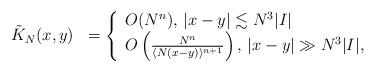
LaTeX: \begin{align*}\begin{array}{ll}\tilde{K}_{N}(x,y) & = \left\{\begin{array}{l}O(N^{n}), \, |x-y| \lesssim N^{3} |I| \\O \left( \frac{N^{n}}{\langle N(x-y)\rangle^{n+1}} \right), \, |x-y| \gg N^{3} |I|,\end{array}\right.\end{array}\end{align*}